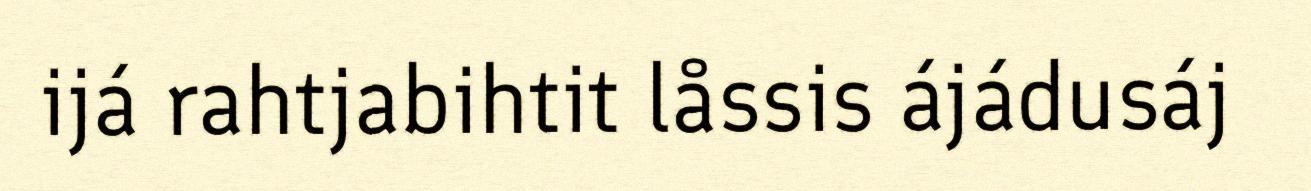
ijá rahtjabihtit låssis ájádusáj